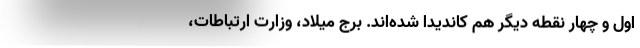
اول و چهار نقطه دیگر هم کاندیدا شده‌اند. برج میلاد، وزارت ارتباطات،